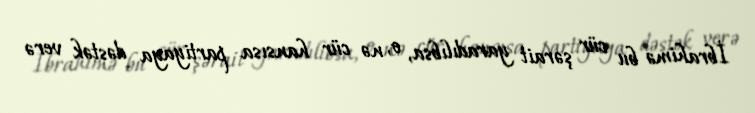
İbrahimə bu cür şərait yaradılıbsa, o, nə cür hansısa partiyaya dəstək verə